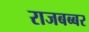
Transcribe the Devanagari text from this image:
राजबब्बर